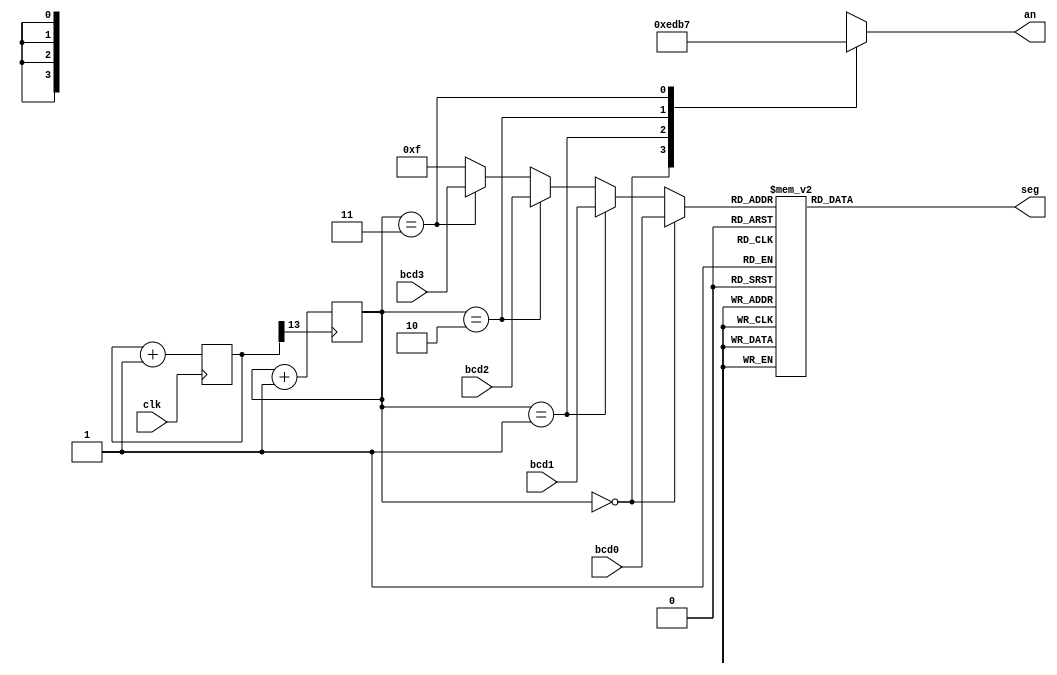
module display_mux_4_BCD(
    input [3:0] bcd0,
    input [3:0] bcd1,
    input [3:0] bcd2,
    input [3:0] bcd3,
    input clk,
    output reg [7:0] seg,
    output reg [3:0] an
    );
    
    //-- internal signals -----------------------------  
    reg [3:0] s_bcd_disp;  // output of BCD MUX
     
    reg [13:0] r_count;    // reg for clock divider
    reg [1:0] r_counter;   // reg for counter 
    wire s_slow_clk;       // divided clock 
    //--------------------------------------------------
       
    //- standard decoder for display multiplex 1-cold output
    always @ (*)
    begin
       case (r_counter)
          0: an = 4'b1110;  
          1: an = 4'b1101; 
          2: an = 4'b1011;
          3: an = 4'b0111;
          default an = 4'b1111; 
       endcase 
    end 
   
    // clock divider 
    always@(posedge clk) 
    begin 
        r_count <= r_count + 1; 
    end 
    assign s_slow_clk = r_count[13];
 
    
    // 2-bit counter to drive selects
    always @(posedge s_slow_clk)
    begin 
         r_counter <= r_counter + 1; 
    end
                    
    // 4:1 MUX that handles BCD input values
    always @ (*)
    begin 
       if      (r_counter == 2'b00)  s_bcd_disp = bcd0;
       else if (r_counter == 2'b01)  s_bcd_disp = bcd1; 
       else if (r_counter == 2'b10)  s_bcd_disp = bcd2; 
       else if (r_counter == 2'b11)  s_bcd_disp = bcd3; 
       else                          s_bcd_disp = 4'b1111; 
    end                        

    //- BCD-to-7 seg decoder for display multiplex
    always @ (*)
    begin
       case (s_bcd_disp)
          4'b0000: seg = 8'h03;  //  0
          4'b0001: seg = 8'h9F;  //  1
          4'b0010: seg = 8'h25;  //  2
          4'b0011: seg = 8'h0D;  //  3
          4'b0100: seg = 8'h99;  //  4
          4'b0101: seg = 8'h49;  //  5
          4'b0110: seg = 8'h41;  //  6
          4'b0111: seg = 8'h1F;  //  7
          4'b1000: seg = 8'h01;  //  8
          4'b1001: seg = 8'h09;  //  9
          4'b1010: seg = 8'h11;  //  A
          4'b1011: seg = 8'hC1;  //  b
          4'b1100: seg = 8'hE5;  //  c
          4'b1101: seg = 8'h85;  //  d
          4'b1110: seg = 8'h61;  //  E
          4'b1111: seg = 8'h71;  //  F  
          default  seg = 8'hFF; 
       endcase 
    end                                        
             
endmodule